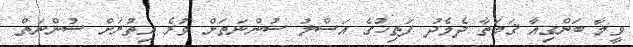
ވީމާ ބަންގިއާ ޤަމަތާ ދެމެދު ފަތިހުގެ އަސްލު ސުންނަތަށް ވުރެ އިތުރަށް ސުންނަތް